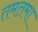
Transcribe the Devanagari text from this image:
तमतमा